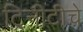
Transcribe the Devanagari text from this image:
ट्रिनीटीचे